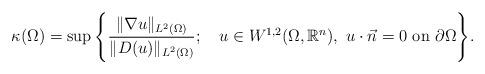
LaTeX: \begin{align*}\kappa(\Omega) = \sup\Bigg\{\frac{\|\nabla u\|_{L^2(\Omega)}}{\|D(u)\|_{L^2(\Omega)}};~~~ u\in W^{1,2}(\Omega,\mathbb{R}^n), ~ u\cdot\vec n = 0 \mbox{ on } \partial\Omega\Bigg\}.\end{align*}